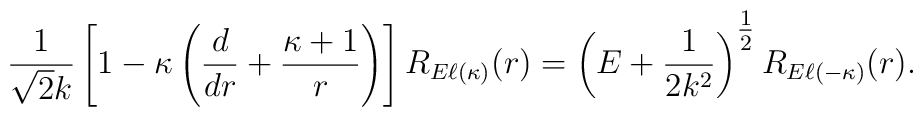
\frac{1}{\sqrt{2}k}\left[ 1-\kappa\left( \frac{d}{dr}+\frac{\kappa+1}{r}\right)\right]R_{E\ell(\kappa)}(r)=\left(E+\frac{1}{2k^{2}}\right)^{\mbox{$\frac{1}{2}$}}R_{E\ell(-\kappa)}(r).